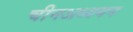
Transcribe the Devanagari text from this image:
चीनअध्ययन